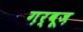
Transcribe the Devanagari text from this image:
ग़र्बूज़